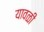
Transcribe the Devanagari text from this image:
यावळी